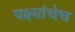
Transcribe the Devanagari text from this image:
पक्ष्यांचेच